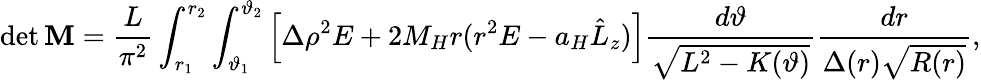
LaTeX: \operatorname*{det}{\mathbf M}=\frac{L}{\pi^{2}}\int_{r_{1}}^{r_{2}}\int_{\vartheta_{1}}^{\vartheta_{2}}\left[\Delta\rho^{2}E+2M_{H}r(r^{2}E-a_{H}\hat{L}_{z})\right]\frac{d\vartheta}{\sqrt{L^{2}-K(\vartheta)}}\frac{dr}{\Delta(r)\sqrt{R(r)}},